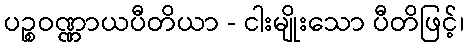
ပဉ္စဝဏ္ဏာယပီတိယာ - ငါးမျိုးသော ပီတိဖြင့်၊